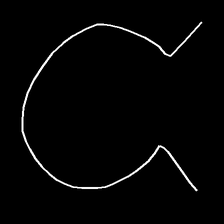
Glyph: weave